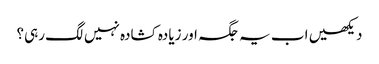
دیکھیں اب یہ جگہ اور زیادہ کشادہ نہیں لگ رہی؟